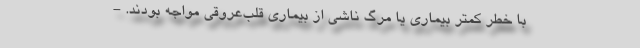
با خطر کمتر بیماری یا مرگ ناشی از بیماری قلب‌عروقی مواجه بودند. -